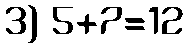
3) 5+7=12